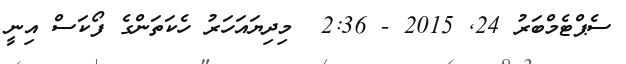
ސެޕްޓެމްބަރު 24